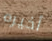
أخيره